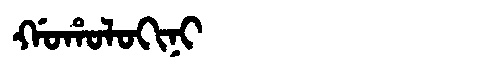
Manchu: ᡤᠣᡥᠣᠯᠣᡴᡳᠨᡳ
Romanization: GOHOLOKINI